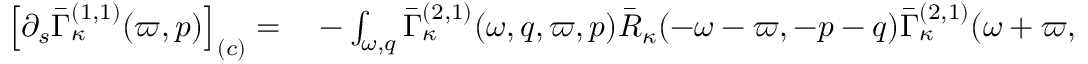
\begin{array} { r l } { \left[ \partial _ { s } \bar { \Gamma } _ { \kappa } ^ { ( 1 , 1 ) } ( \varpi , p ) \right] _ { ( c ) } = } & { { } - \int _ { \omega , q } \bar { \Gamma } _ { \kappa } ^ { ( 2 , 1 ) } ( \omega , q , \varpi , p ) \bar { R } _ { \kappa } ( - \omega - \varpi , - p - q ) \bar { \Gamma } _ { \kappa } ^ { ( 2 , 1 ) } ( \omega + \varpi , p + q , - \omega , - q ) \; \tilde { \partial } _ { s } \bar { C } _ { \kappa } ( \omega , q ) } \end{array}